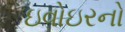
ઇવોઇરનો